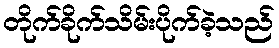
တိုက်ခိုက်သိမ်းပိုက်ခဲ့သည်